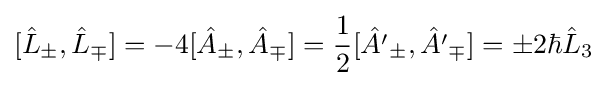
[{\hat {L}}_{\pm },{\hat {L}}_{\mp }]=-4[{\hat {A}}_{\pm },{\hat {A}}_{\mp }]={\frac {1}{2}}[{\hat {A'}}_{\pm },{\hat {A'}}_{\mp }]=\pm 2\hbar {\hat {L}}_{3}